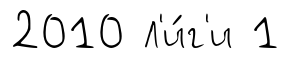
2010 Л'и́г'и 1